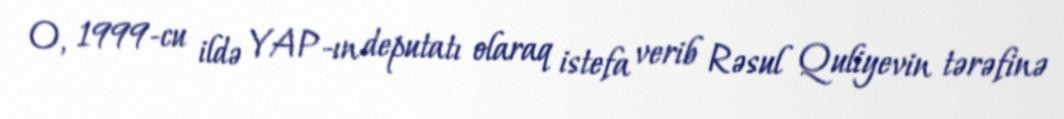
O, 1999-cu ildə YAP-ın deputatı olaraq istefa verib Rəsul Quliyevin tərəfinə